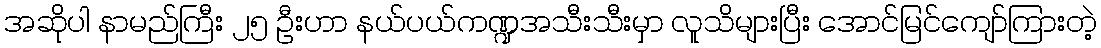
အဆိုပါ နာမည်ကြီး ၂၅ ဦးဟာ နယ်ပယ်ကဏ္ဍအသီးသီးမှာ လူသိများပြီး အောင်မြင်ကျော်ကြားတဲ့